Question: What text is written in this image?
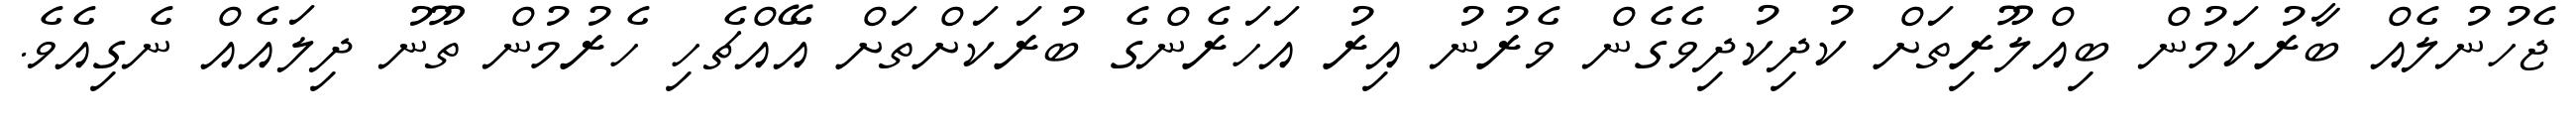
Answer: ޖެހުނުލެއް ބާރުކަމުން ބިއްލޫރިތަށް ކުދިކުދިވެގެން ވެރުނު އިރު އަހަރެންގެ ބުރަކަށްތަށް އޭއްޗެހި ހެރުމުން ތޫނު ދިލައެއް ނެގިއެވެ.